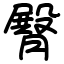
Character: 臀